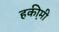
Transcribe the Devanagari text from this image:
हकी़मी